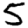
Digit: 5